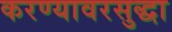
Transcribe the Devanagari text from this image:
करण्यावरसुद्धा